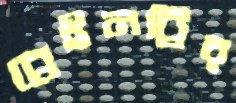
ব্রেইনট্রির